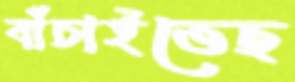
বাঁচাইতেছ